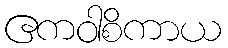
ဧကဝါစိကာယ